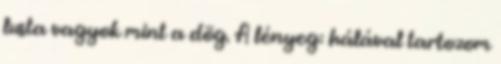
lusta vagyok mint a dög. A lényeg: hálával tartozom